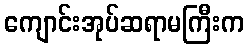
ကျောင်းအုပ်ဆရာမကြီးက